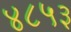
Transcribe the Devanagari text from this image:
४८५३